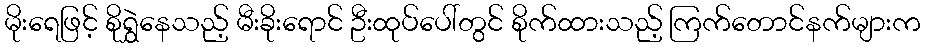
မိုးရေဖြင့် စိုရွှဲနေသည့် မီးခိုးရောင် ဦးထုပ်ပေါ်တွင် စိုက်ထားသည့် ကြက်တောင်နက်များက